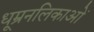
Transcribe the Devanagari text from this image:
धूम्रनलिकाओं